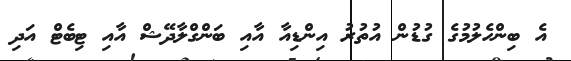
އެ ބިންހެލުމުގެ ގުޑުން އުތުރު އިންޑިއާ އާއި ބަންގްލާދޭޝް އާއި ޓިބެޓް އަދި